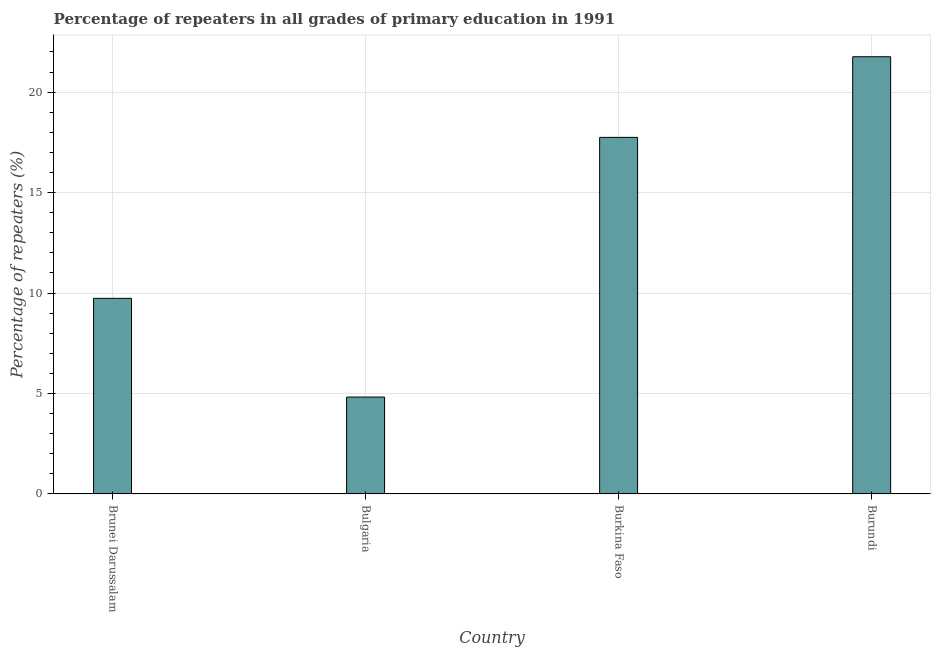
| Country | Repeaters in primary education |
 | --- | --- |
 | Brunei Darussalam | 9.74 |
 | Bulgaria | 4.82 |
 | Burkina Faso | 17.7 |
 | Burundi | 21.8 |